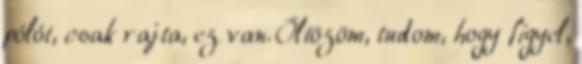
pólót, csak rajta, ez van. Öltözöm, tudom, hogy figyel,